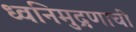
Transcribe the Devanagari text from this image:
ध्वनिमुद्रणाची